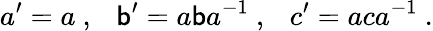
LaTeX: a^{\prime}=a~,~~~\mathsf{b}^{\prime}=a\mathsf{b}a^{-1}~,~~~c^{\prime}=aca^{-1}~.